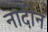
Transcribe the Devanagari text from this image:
नादीन